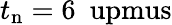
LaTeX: t_{\mathrm{n}}=6~\mathrm{\ upmus}